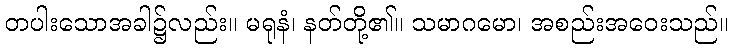
တပါးသောအခါ၌လည်း။ မရုနံ၊ နတ်တို့၏။ သမာဂမော၊ အစည်းအဝေးသည်။